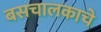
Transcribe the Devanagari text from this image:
बसचालकाचे